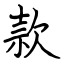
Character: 款